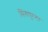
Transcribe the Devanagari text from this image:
सिंगापुरला